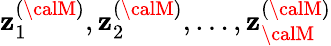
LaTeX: \mathbf{z}_{1}^{({\calM})},\mathbf{z}_{2}^{({\calM})},\dots,\mathbf{z}_{\calM}^{({\calM})}